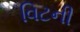
વિટની